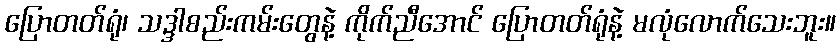
ပြောတတ်ရုံ၊ သဒ္ဒါစည်းကမ်းတွေနဲ့ ကိုက်ညီအောင် ပြောတတ်ရုံနဲ့ မလုံလောက်သေးဘူး။